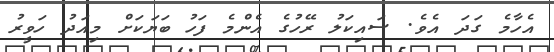
އެހާމެ ގަދަ އެވެ. ސައިކަލު ރޭހުގެ އެންމެ ފަހު ބަޔަކަށް މިއަދު ހަވީރު